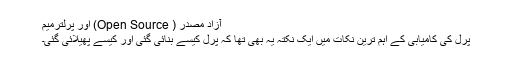
آزاد مصدر ( Open Source) اور پرلترميم
پرل کی کامیابی کے اہم ترین نکات میں ایک نکتہ یہ بھی تھا کہ پرل کیسے بنائی گئی اور کیسے پھیلائی گئی۔